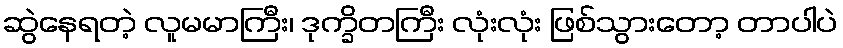
ဆွဲနေရတဲ့ လူမမာကြီး၊ ဒုက္ခိတကြီး လုံးလုံး ဖြစ်သွားတော့ တာပါပဲ